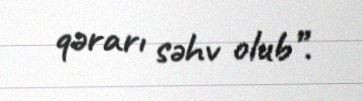
qərarı səhv olub”.